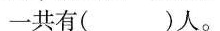
一共有( )人。